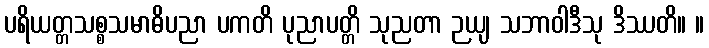
ပရိယတ္တသစ္စသမာဓိပညာ ပကတိ ပုညာပတ္တိ သုညတာ ဉယျ သဘာဝါဒီသု ဒိဿတိ။ ။